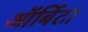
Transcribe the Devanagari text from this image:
ऑर्बिटा